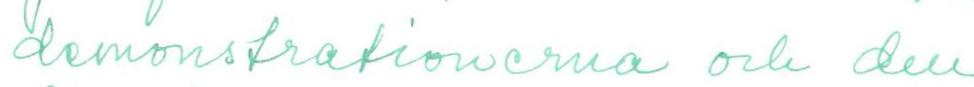
demonstrationerna och den